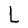
Character: L